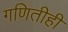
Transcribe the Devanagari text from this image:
गणितीही